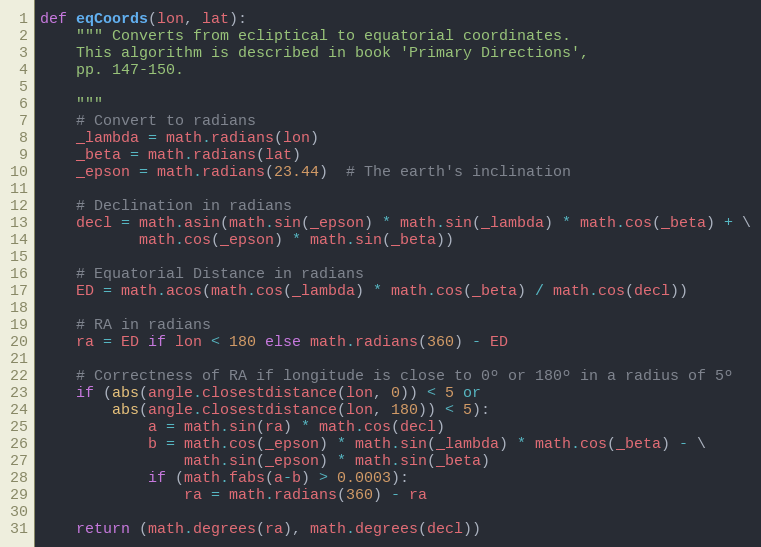
Language: Python
def eqCoords(lon, lat):
    """ Converts from ecliptical to equatorial coordinates.
    This algorithm is described in book 'Primary Directions',
    pp. 147-150.

    """
    # Convert to radians
    _lambda = math.radians(lon)
    _beta = math.radians(lat)
    _epson = math.radians(23.44)  # The earth's inclination

    # Declination in radians
    decl = math.asin(math.sin(_epson) * math.sin(_lambda) * math.cos(_beta) + \
           math.cos(_epson) * math.sin(_beta))

    # Equatorial Distance in radians
    ED = math.acos(math.cos(_lambda) * math.cos(_beta) / math.cos(decl))

    # RA in radians
    ra = ED if lon < 180 else math.radians(360) - ED

    # Correctness of RA if longitude is close to 0º or 180º in a radius of 5º
    if (abs(angle.closestdistance(lon, 0)) < 5 or
        abs(angle.closestdistance(lon, 180)) < 5):
            a = math.sin(ra) * math.cos(decl)
            b = math.cos(_epson) * math.sin(_lambda) * math.cos(_beta) - \
                math.sin(_epson) * math.sin(_beta)
            if (math.fabs(a-b) > 0.0003):
                ra = math.radians(360) - ra

    return (math.degrees(ra), math.degrees(decl))